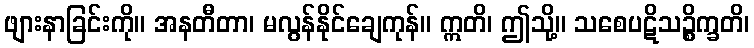
ဖျားနာခြင်းကို။ အနတီတာ၊ မလွန်နိုင်ချေကုန်။ ဣတိ၊ ဤသို့။ သစေပဋိသဉ္စိက္ခတိ၊